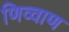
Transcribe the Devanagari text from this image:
णिव्वाण